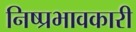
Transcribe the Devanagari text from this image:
निष्प्रभावकारी